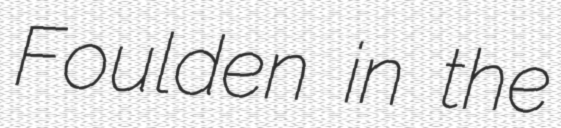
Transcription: Foulden in the